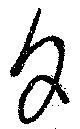
夕